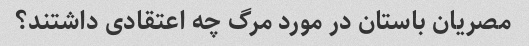
مصریان باستان در مورد مرگ چه اعتقادی داشتند؟